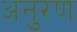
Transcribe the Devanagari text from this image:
अनुरण